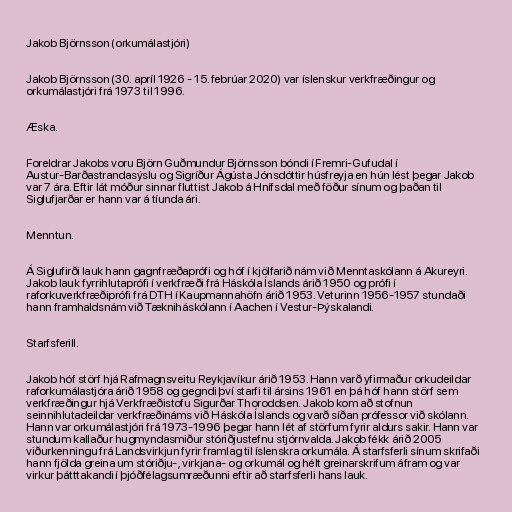
Jakob Björnsson (orkumálastjóri)

Jakob Björnsson (30. apríl 1926 - 15. febrúar 2020) var íslenskur verkfræðingur og
orkumálastjóri frá 1973 til 1996.

Æska.

Foreldrar Jakobs voru Björn Guðmundur Björnsson bóndi í Fremri-Gufudal í
Austur-Barðastrandasýslu og Sigríður Ágústa Jónsdóttir húsfreyja en hún lést þegar Jakob
var 7 ára. Eftir lát móður sinnar fluttist Jakob á Hnífsdal með föður sínum og þaðan til
Siglufjarðar er hann var á tíunda ári.

Menntun.

Á Siglufirði lauk hann gagnfræðaprófi og hóf í kjölfarið nám við Menntaskólann á Akureyri.
Jakob lauk fyrrihlutaprófi í verkfræði frá Háskóla Íslands árið 1950 og prófi í
raforkuverkfræðiprófi frá DTH í Kaupmannahöfn árið 1953. Veturinn 1956-1957 stundaði
hann framhaldsnám við Tækniháskólann í Aachen í Vestur-Þýskalandi.

Starfsferill.

Jakob hóf störf hjá Rafmagnsveitu Reykjavíkur árið 1953. Hann varð yfirmaður orkudeildar
raforkumálastjóra árið 1958 og gegndi því starfi til ársins 1961 en þá hóf hann störf sem
verkfræðingur hjá Verkfræðistofu Sigurðar Thoroddsen. Jakob kom að stofnun
seinnihlutadeildar verkfræðináms við Háskóla Íslands og varð síðan prófessor við skólann.
Hann var orkumálastjóri frá 1973-1996 þegar hann lét af störfum fyrir aldurs sakir. Hann var
stundum kallaður hug­mynda­smiður stóriðju­stefnu stjórn­valda. Jakob fékk árið 2005
viðurkenningu frá Landsvirkjun fyrir framlag til íslenskra orkumála. Á starfsferli sínum skrifaði
hann fjölda greina um stóriðju-, virkjana- og orkumál og hélt greinarskrifum áfram og var
virkur þátttakandi í þjóðfélagsumræðunni eftir að starfsferli hans lauk.